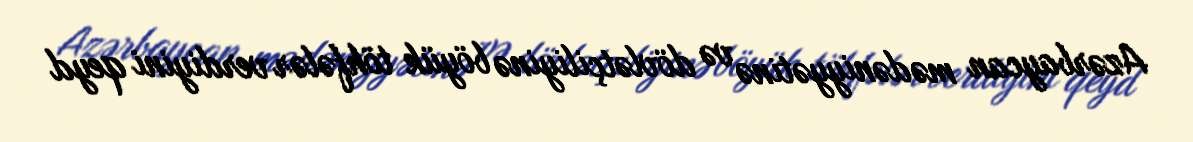
Azərbaycan mədəniyyətinə və dövlətçiliyinə böyük töhfələr verdiyini qeyd